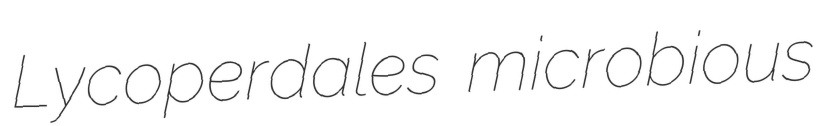
Lycoperdales microbious